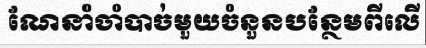
ណែនាំចាំបាច់មួយចំនួនបន្ថែមពីលើ